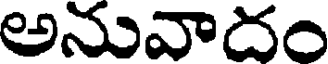
అనువాదం